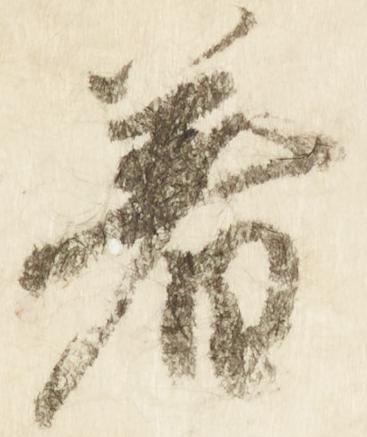
着